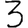
Digit: 3